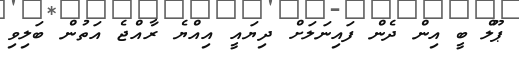
ޕޫލް ބީ އިން ދެން ފައިނަލަށް ދިޔައީ އިއްޔެ ރާއްޖެ އަތުން ބަލިވި